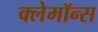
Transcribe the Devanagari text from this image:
क्लेमॉन्स